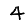
Digit: 4